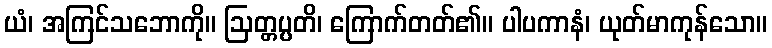
ယံ၊ အကြင်သဘောကို။ ဩတ္တပ္ပတိ၊ ကြောက်တတ်၏။ ပါပကာနံ၊ ယုတ်မာကုန်သော။